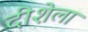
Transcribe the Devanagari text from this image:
दीशेला